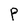
Character: P